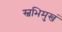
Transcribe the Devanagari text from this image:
स्वभिमुखं